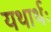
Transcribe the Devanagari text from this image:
यथार्थः